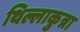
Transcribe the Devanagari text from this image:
थिल्लाकुन्ना